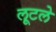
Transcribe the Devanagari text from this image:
लूटले